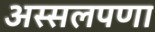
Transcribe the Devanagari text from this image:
अस्सलपणा